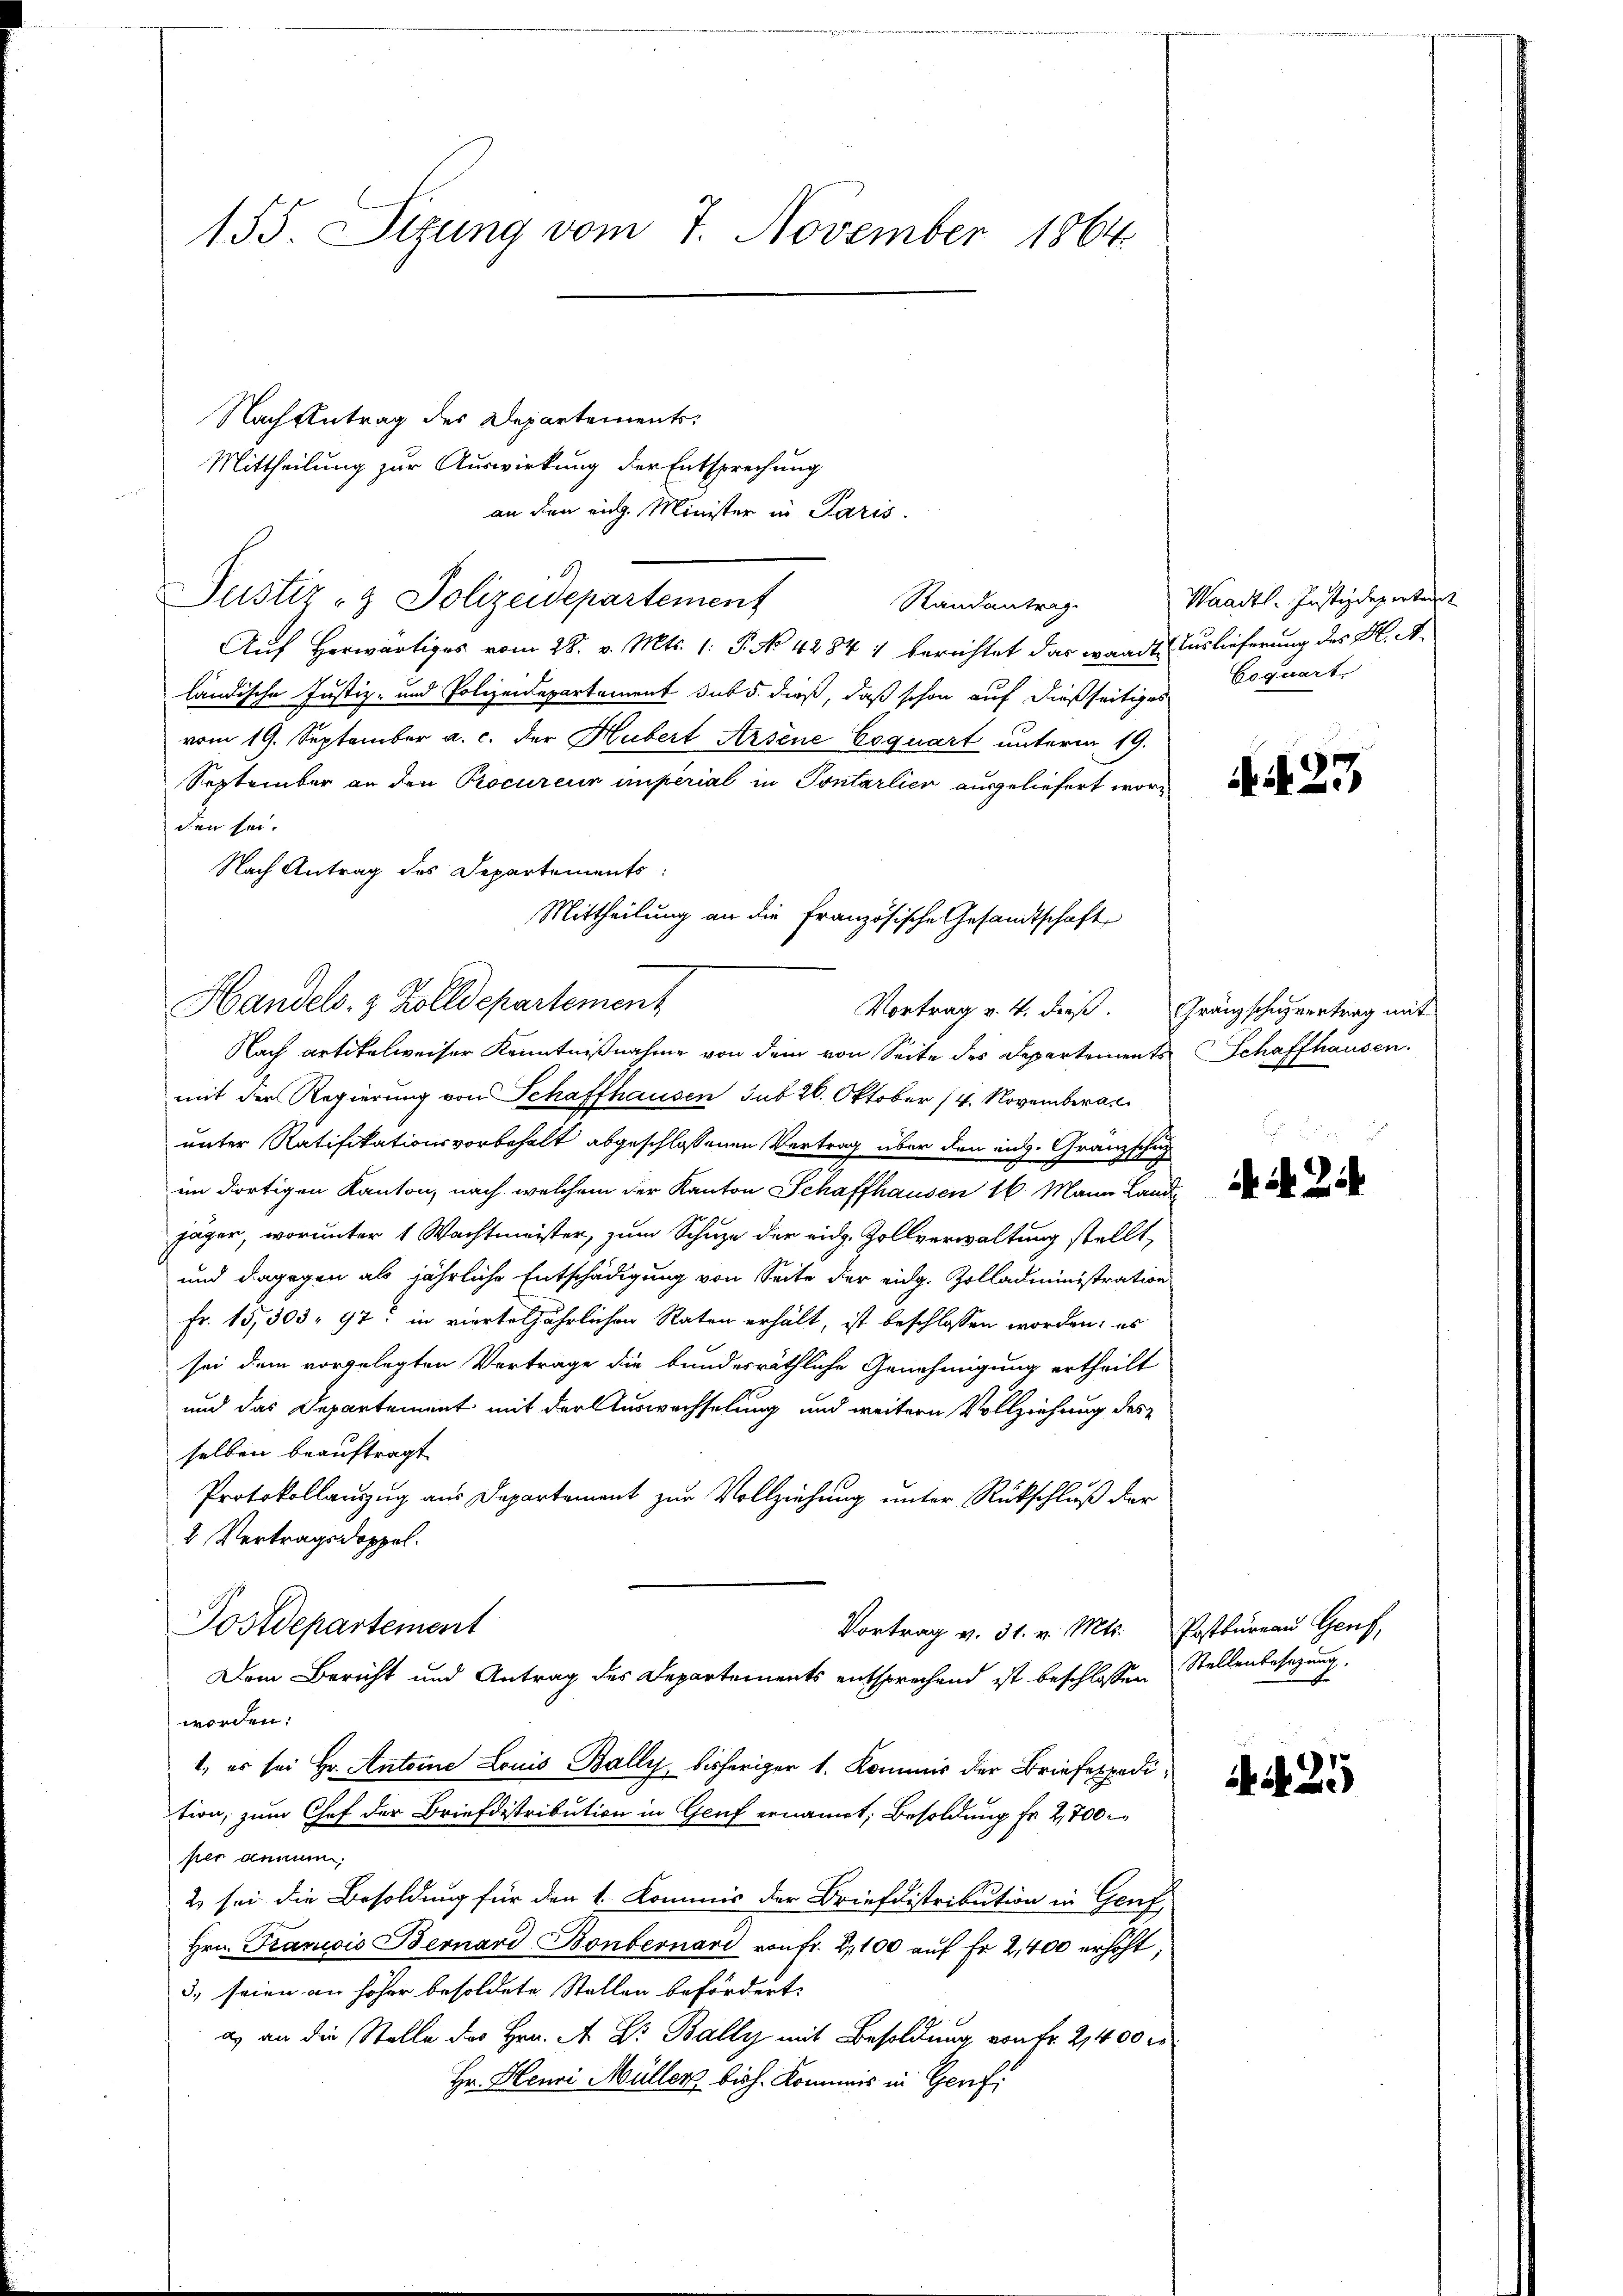
155. Sizung vom 7. November 1864

Nach Antrag des Departements-
Mittheilung zur Auswirkung der Entsprechung
an den rich. Minister in Paris.
B.
Justiz- & Polizeidepartement
Randantrag
Auf Herwärtiges vom 28. v. Mts. 1: P. No 4284 1 berichtet das waadt Auslieferung des K. A.
ländische Justiz- und Polizeidepartement sub 5. dieß, daß schon auf dießseitiges
vom 19. September a. c. der Hubert Arsene Coquart unterm 19.
September an den Procureur imperial in Pontarlier ausgeliefert worden sei.
Nach Antrag des Departements
Nach artikelweiser Kenntnißnahme von dem von Seite des Departements Schaffhausen.
mit der Regierung von Schaffhausen sub 26. Oktober (4. Novembera
unter Ratifikationsvorbehalt abgeschlossenen Vertrag über den eng. Granzschn
im dortigen Kanton, nach, welchem der Kanton Schaffhausen 16. Mann Lande
jäger, worunter 1 Wachtmeister, zum Schuze der eidg. Zollverwaltung stellt,
und dagegen als jährliche Entschädigung von Seite der eidg. Zolladministration
Fr. 15,303, 97 in vierteljährlichen Raten erhält, ist beschlossen worden; es
sei dem vorgelegten Vertrage die bundesräthliche Genehmigung ertheilt
und das Departement mit der Auswechselung und weitern Vollziehung des
selben beauftragt.
Protokollauszug aus Departement zur Vollziehung unter Rückschluß der
2 Vertragsdoppel.
Postdepartement
Vortrag v. 31. v. Mts. Postbureau Genf,
Dem Bericht und Antrag des Departements entsprechend ist beschlossen
worden:
1., es sei Hr. Antoine Louis Bally, bisheriger 1. Kommis der Briefespedition, zum Chef der Briefdistribution in Genf ernannt, Besoldung fr 2,700
per denen,
2 sei die Besoldung für den 1. Kommis der Briefdistribution in Genf,
Hrn. Francis Bernard Bonbernari von fr. 2, 100 auf Fr. 2,400 erhöht,
3., seien an höher besoldete Stellen befördert.
a) an die Stelle des Hrn. A. Dr Bally mit Besoldung von Fr. 2400 r
Hr. Henri Müller bish. Kommis in Genf

Handels- & Zolldepartement

Mittheilung an die Französische Gesandtschaft
Vortrag v. 4. dieß Gränzschuzvertrag mit

Waadt. Justizdepartant
Goquart

Mit 27

NA Zi

Stellenbesezung.

Ai 25